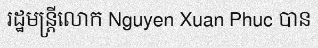
រដ្ឋមន្ត្រីលោក Nguyen Xuan Phuc បាន